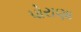
પોરાણા